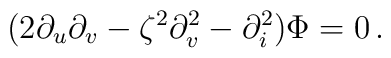
(2\partial_u\partial_v-\zeta^2\partial_v^2-\partial_i^2)\Phi=0\,.